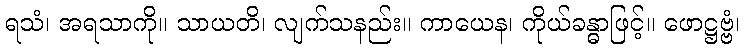
ရသံ၊ အရသာကို။ သာယတိ၊ လျက်သနည်း။ ကာယေန၊ ကိုယ်ခန္ဓာဖြင့်။ ဖောဋ္ဌဗ္ဗံ၊